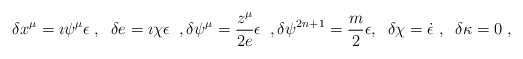
\begin{align*}\delta x^\mu=\imath\psi^\mu \epsilon\;,\;\;\delta e=\imath\chi\epsilon\;\;,\delta\psi^\mu=\frac{z^\mu}{2e}\epsilon\;\;,\delta\psi^{2n+1}=\frac{m}{2}\epsilon,\;\;\delta\chi=\dot\epsilon\;,\;\;\delta\kappa=0\;,\end{align*}